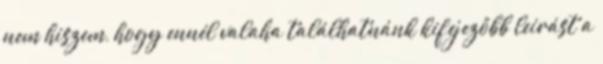
nem hiszem, hogy ennél valaha találhatnánk kifejezőbb leírást a